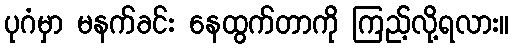
ပုဂံမှာ မနက်ခင်း နေထွက်တာကို ကြည့်လို့ရလား။